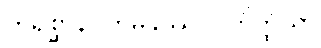
တိရစ္ဆာနဂတမနုဿဝိဂ္ဂဟိတ္ထိယာ